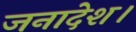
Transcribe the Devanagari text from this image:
जनादेश।